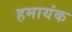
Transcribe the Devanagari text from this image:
हमायंक